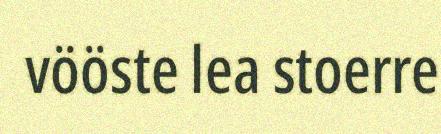
vööste lea stoerre